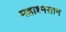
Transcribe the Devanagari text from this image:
महाश्मसान